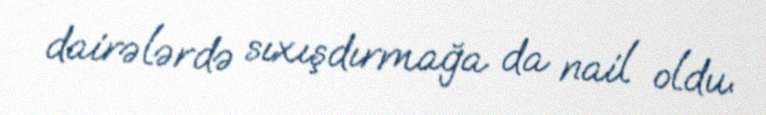
dairələrdə sıxışdırmağa da nail oldu.